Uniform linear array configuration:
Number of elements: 24
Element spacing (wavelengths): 0.25
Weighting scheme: exponential
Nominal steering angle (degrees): -30
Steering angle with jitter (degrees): -30.07
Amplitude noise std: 0.05
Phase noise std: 0.05

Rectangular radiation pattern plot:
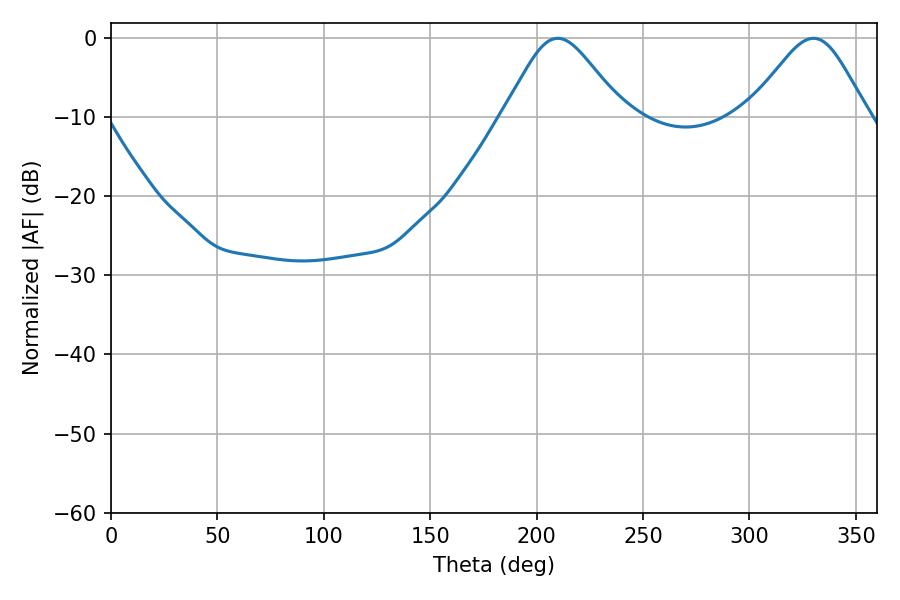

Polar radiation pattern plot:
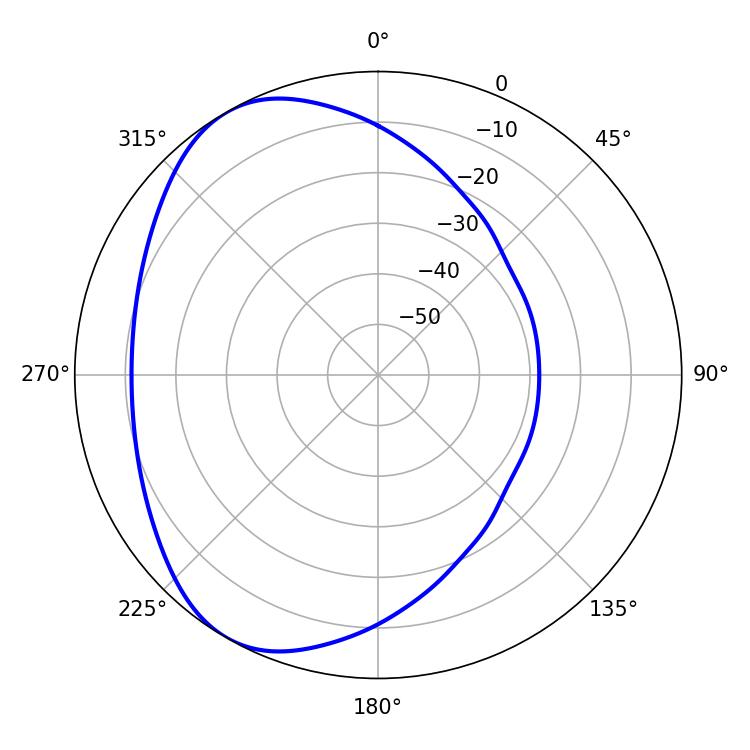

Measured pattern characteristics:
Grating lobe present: FALSE
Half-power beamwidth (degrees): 27.54
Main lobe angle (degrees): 209.88